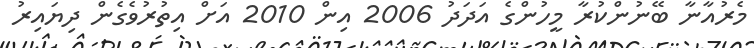
މެރުއާނާ ބޭނުންކުރާ މީހުންގެ އަދަދު 2006 އިން 2010 އަށް އިތުރުވެގެން ދިޔައިރު